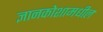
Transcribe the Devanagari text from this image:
ज्ञानकोशामधील